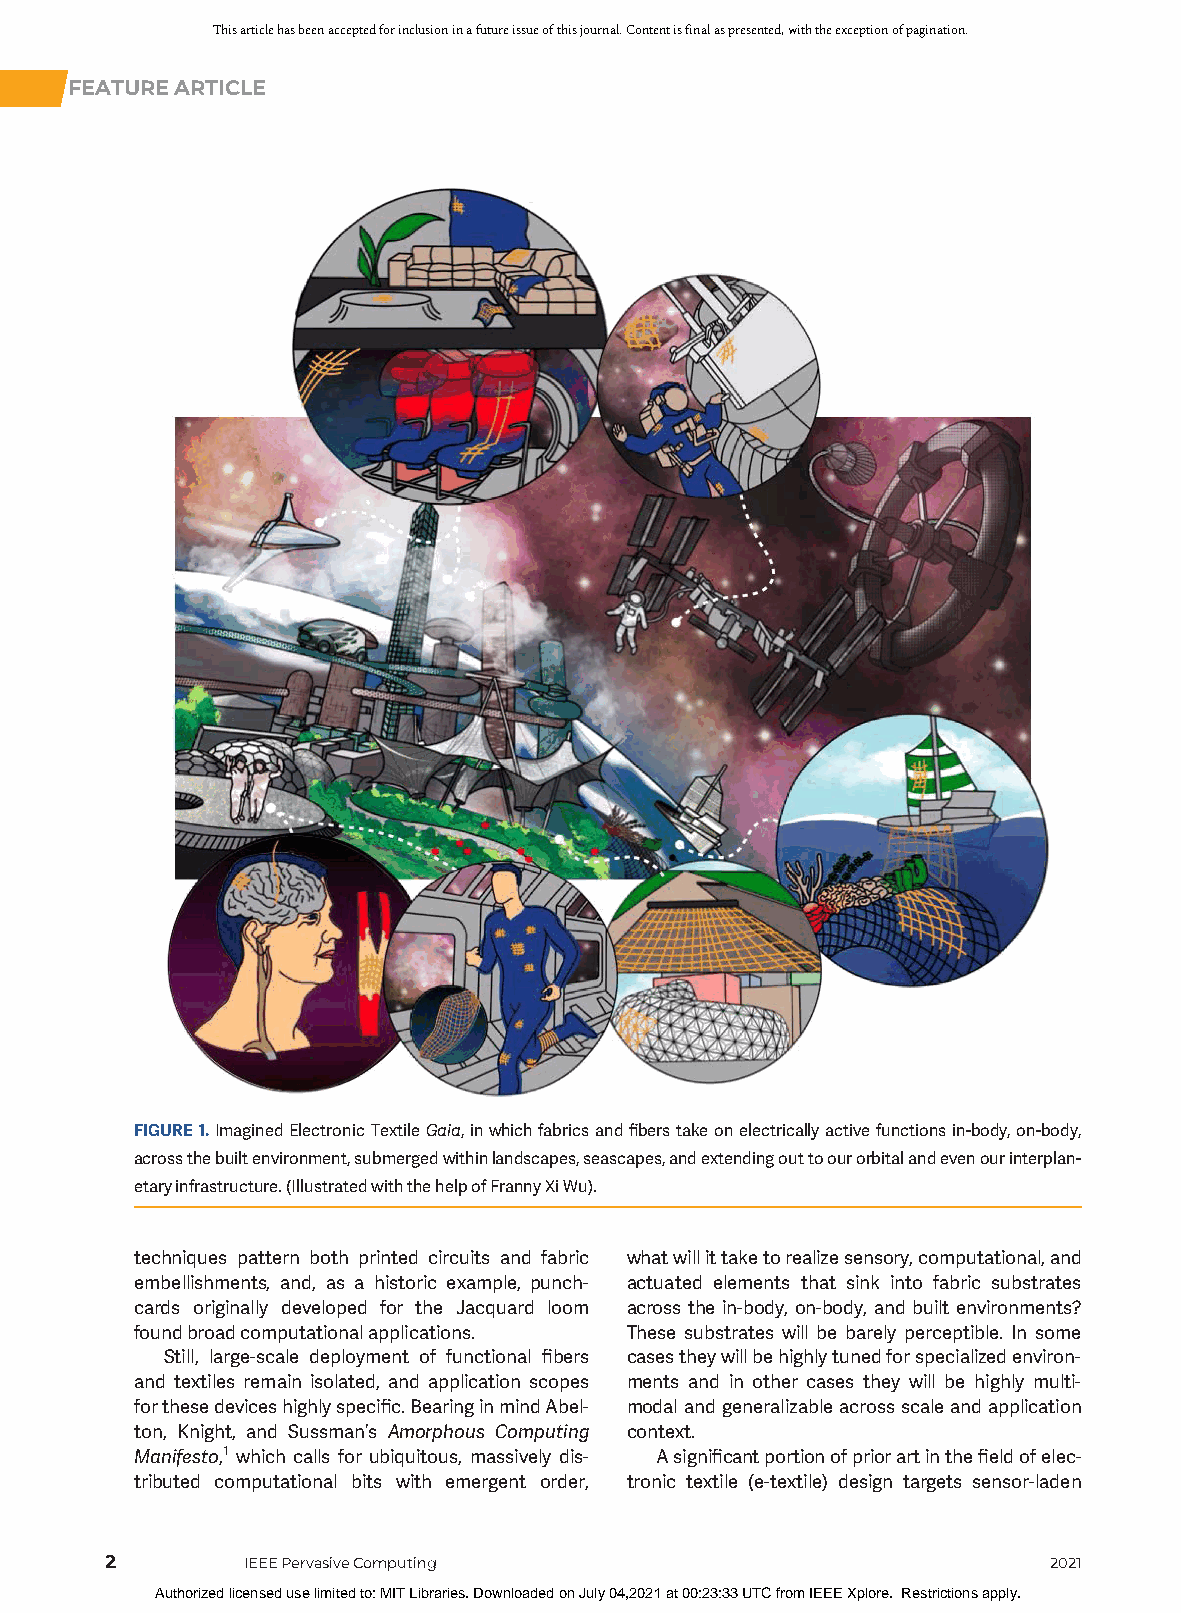
This article has been accepted for inclusion in a future issue of this journal. Content is final as presented, with the exception of pagination.
 FEATUREARTICLE
 FIGURE1.ImaginedElectronicTextileGaia,inwhichfabricsandfiberstakeonelectricallyactivefunctionsin-body,on-body,
 acrossthebuiltenvironment,submergedwithinlandscapes,seascapes,andextendingouttoourorbitalandevenourinterplan-
 etaryinfrastructure.(IllustratedwiththehelpofFrannyXiWu).
 techniques pattern both printed circuits and fabric whatwillittaketorealizesensory,computational,and
 embellishments, and, as a historic example, punch- actuated elements that sink into fabric substrates
 cards originally developed for the Jacquard loom across the in-body, on-body, and built environments?
 foundbroadcomputationalapplications. These substrates will be barely perceptible. In some
 Still, large-scale deployment of functional fibers casestheywillbehighlytunedforspecializedenviron-
 and textiles remain isolated, and application scopes ments and in other cases they will be highly multi-
 forthesedeviceshighlyspecific.BearinginmindAbel- modalandgeneralizableacrossscaleandapplication
 ton, Knight, and Sussman’s Amorphous Computing context.
 Manifesto,1 which calls for ubiquitous, massively dis- Asignificantportionofpriorartinthefieldofelec-
 tributed computational bits with emergent order, tronic textile (e-textile) design targets sensor-laden
 2
 IEEEPervasiveComputing                                2021
 Authorized licensed use limited to: MIT Libraries. Downloaded on July 04,2021 at 00:23:33 UTC from IEEE Xplore. Restrictions apply.